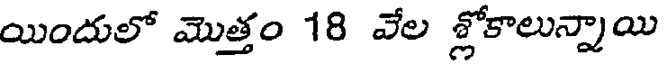
యిందులో మొత్తం 18 వేల శ్లోకాలున్నాయి